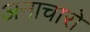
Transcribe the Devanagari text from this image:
अनाचारो